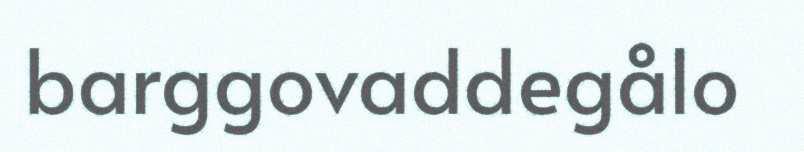
barggovaddegålo